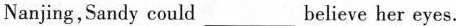
Nanjing,Sandy could___believe her eyes.